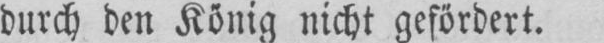
durch den König nicht gefördert.